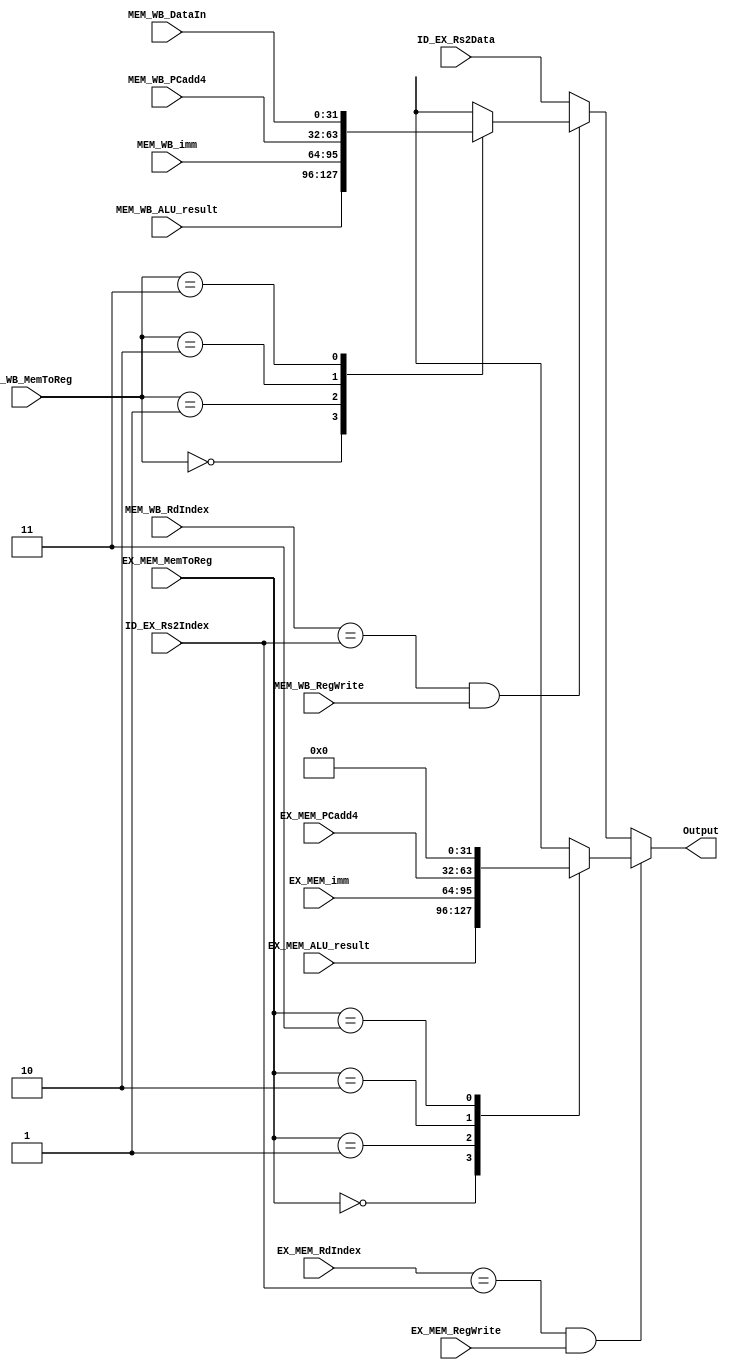
`timescale 1ns / 1ps
//////////////////////////////////////////////////////////////////////////////////
// Company: 
// Engineer: 
// 
// Design Name: 
// Module Name: ForwardingRegs
// Project Name: 
// Target Devices: 
// Tool Versions: 
// Description: 
// 
// Dependencies: 
// 
// Revision:
// Revision 0.01 - File Created
// Additional Comments:
// 
//////////////////////////////////////////////////////////////////////////////////


module ForwardingRegs(
input EX_MEM_RegWrite,
input [1:0] EX_MEM_MemToReg,
input [31:0] EX_MEM_ALU_result,
input [31:0] EX_MEM_imm,
input [31:0] EX_MEM_PCadd4,
input [4:0] EX_MEM_RdIndex,
input MEM_WB_RegWrite,
input [1:0] MEM_WB_MemToReg,
input [31:0] MEM_WB_DataIn,
input [31:0] MEM_WB_ALU_result,
input [31:0] MEM_WB_imm,
input [31:0] MEM_WB_PCadd4,
input [4:0] MEM_WB_RdIndex,
input [4:0] ID_EX_Rs2Index,
input [31:0] ID_EX_Rs2Data,
output reg [31:0] Output
    );
    
 always @ *
 begin
    if(EX_MEM_RdIndex == ID_EX_Rs2Index && EX_MEM_RegWrite)
    begin
        case(EX_MEM_MemToReg)
            2'b00:
            begin
                Output <= EX_MEM_ALU_result;
            end
            
            2'b01:
            begin
                Output <= EX_MEM_imm;
            end
            
            2'b10:
            begin
                Output <= EX_MEM_PCadd4;
            end
            
            2'b11:
            begin
                Output <= 32'b0;
            end
        endcase
    end
    
    else if(MEM_WB_RdIndex == ID_EX_Rs2Index && MEM_WB_RegWrite)
    begin
        case(MEM_WB_MemToReg)
            2'b00:
            begin
                Output <= MEM_WB_ALU_result;
            end
            
            2'b01:
            begin
                Output <= MEM_WB_imm;
            end
            
            2'b10:
            begin
                Output <= MEM_WB_PCadd4;
            end
            
            2'b11:
            begin
                Output <= MEM_WB_DataIn;
            end
        endcase
    end
    
    else
    begin
        Output <= ID_EX_Rs2Data;
    end
 end   
    
endmodule